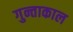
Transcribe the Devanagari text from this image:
गुन्ताकाल